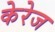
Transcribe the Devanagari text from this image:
केरेज